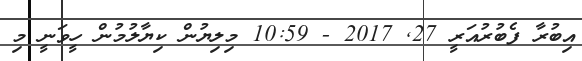
އިބުރާ ފެބުރުއަރީ 27